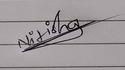
Signature authenticity: genuine